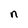
Character: n